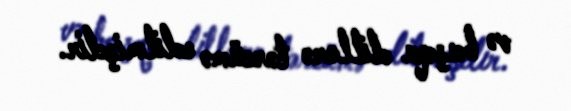
və başqa dillərə tərcümə edilmişdir.